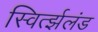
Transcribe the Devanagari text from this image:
स्विर्त्झलंड